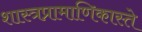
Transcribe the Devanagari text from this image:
शास्त्रप्रामाणिकास्ते